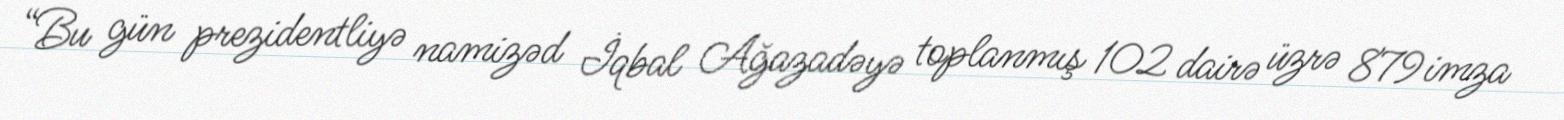
“Bu gün prezidentliyə namizəd İqbal Ağazadəyə toplanmış 102 dairə üzrə 879 imza